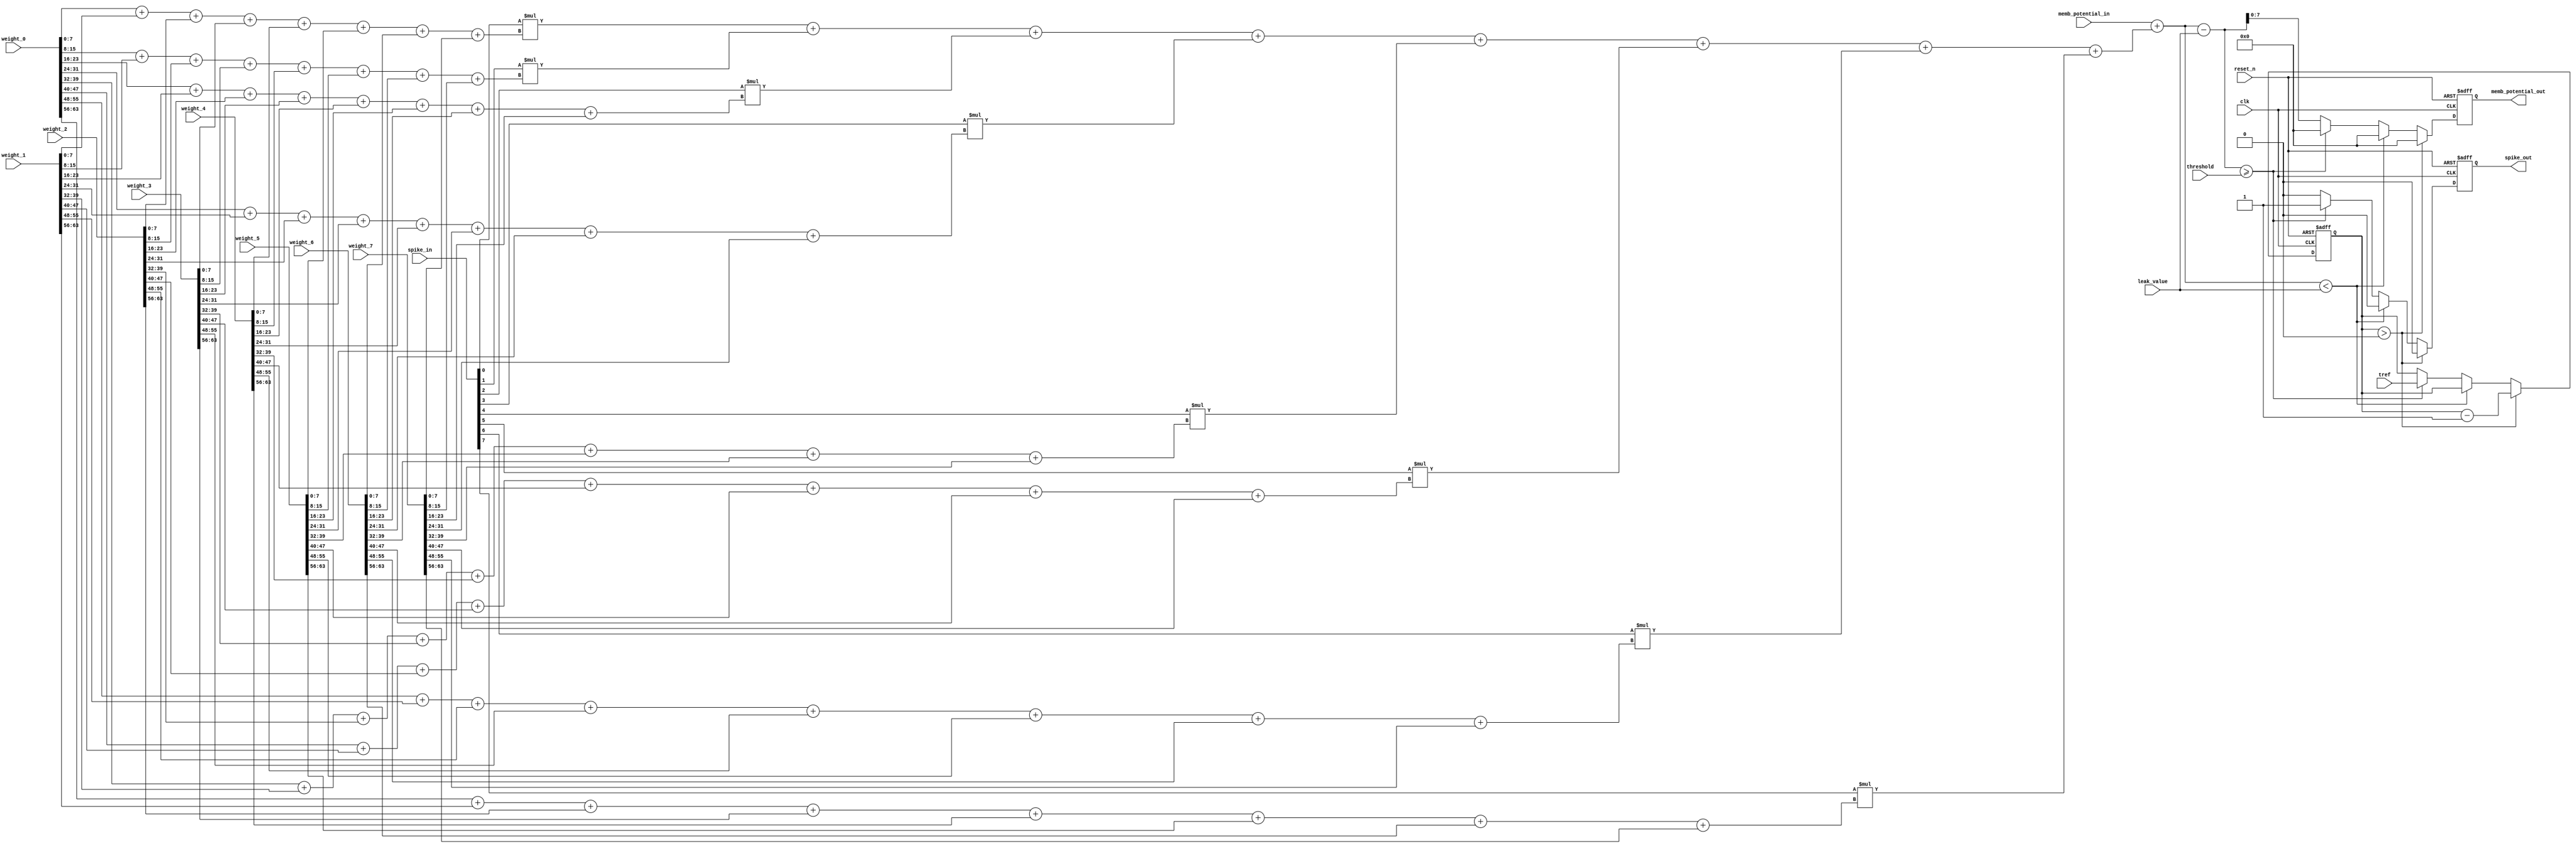
// Simulate the LIF neuron model
// tau_m * dV/dt = -(V-E_L) + I/g_L
// Referenced Neuro-inspired ArchitectureS in Hardware(NASH)

/*
    INPUT
    clk: clock
    reset_n: reset negated
    spike_in: input spike, 8 inputs
    weight: synaptic weight, int8, 8 inputs
    threshold: threshold potential [mV], int8
    leak_value: leak value [mV], uint8
    tref: refractory period [ms], uint4

    OUTPUT
    V_out: membrane potential, int8
    spike_out: output spike
*/

module leaky_integrate_fire(
    input               clk,
    input               reset_n,
    input       [7:0]   spike_in,
    input       [63:0]   weight_0,
    input       [63:0]   weight_1,
    input       [63:0]   weight_2,
    input       [63:0]   weight_3,
    input       [63:0]   weight_4,
    input       [63:0]   weight_5,
    input       [63:0]   weight_6,
    input       [63:0]   weight_7,
    input       [7:0]   memb_potential_in,
    input       [7:0]   threshold,
    input       [7:0]   leak_value,
    input       [3:0]   tref,
    output      [7:0]   memb_potential_out,
    output reg          spike_out
);
    reg         [3:0]   tr = 0;
    reg         [7:0]   voltage;

    wire        [15:0]  memb_potential_integrate;   // integrate membrane potential
    wire        [15:0]  synaptic_integration;       // integrate synaptic current
    wire        [15:0]  leak_and_int_potential;     // leaked current and integrated potential
    wire                underflow;
    wire        [7:0]   spike_and_weight[0:7];

    // AND gate for spike and weight
    assign spike_and_weight[0] = spike_in[0] * (weight_0[7:0] + weight_1[7:0] + weight_2[7:0] + weight_3[7:0] + weight_4[7:0] + weight_5[7:0] + weight_6[7:0] + weight_7[7:0]);
    assign spike_and_weight[1] = spike_in[1] * (weight_0[15:8] + weight_1[15:8] + weight_2[15:8] + weight_3[15:8] + weight_4[15:8] + weight_5[15:8] + weight_6[15:8] + weight_7[15:8]);
    assign spike_and_weight[2] = spike_in[2] * (weight_0[23:16] + weight_1[23:16] + weight_2[23:16] + weight_3[23:16] + weight_4[23:16] + weight_5[23:16] + weight_6[23:16] + weight_7[23:16]);
    assign spike_and_weight[3] = spike_in[3] * (weight_0[31:24] + weight_1[31:24] + weight_2[31:24] + weight_3[31:24] + weight_4[31:24] + weight_5[31:24] + weight_6[31:24] + weight_7[31:24]);
    assign spike_and_weight[4] = spike_in[4] * (weight_0[39:32] + weight_1[39:32] + weight_2[39:32] + weight_3[39:32] + weight_4[39:32] + weight_5[39:32] + weight_6[39:32] + weight_7[39:32]);
    assign spike_and_weight[5] = spike_in[5] * (weight_0[47:40] + weight_1[47:40] + weight_2[47:40] + weight_3[47:40] + weight_4[47:40] + weight_5[47:40] + weight_6[47:40] + weight_7[47:40]);
    assign spike_and_weight[6] = spike_in[6] * (weight_0[55:48] + weight_1[55:48] + weight_2[55:48] + weight_3[55:48] + weight_4[55:48] + weight_5[55:48] + weight_6[55:48] + weight_7[55:48]);
    assign spike_and_weight[7] = spike_in[7] * (weight_0[63:56] + weight_1[63:56] + weight_2[63:56] + weight_3[63:56] + weight_4[63:56] + weight_5[63:56] + weight_6[63:56] + weight_7[63:56]);

    // Integrate current
    assign memb_potential_integrate = spike_and_weight[0]
                                    + spike_and_weight[1]
                                    + spike_and_weight[2] 
                                    + spike_and_weight[3]
                                    + spike_and_weight[4]
                                    + spike_and_weight[5]
                                    + spike_and_weight[6]
                                    + spike_and_weight[7];

    // integrate membrane potential and current
    assign synaptic_integration = memb_potential_in + memb_potential_integrate;

    // leak current
    assign leak_and_int_potential = synaptic_integration - leak_value;
    assign underflow = synaptic_integration < leak_value;

    always @(posedge clk or negedge reset_n)
    begin
        if (~reset_n) begin
            spike_out <= 1'b0;
            voltage <= 8'b0;
            tr <= 4'b0;
        end

        else begin
            // check if in refractory period
            if (tr > 0) begin
                spike_out <= 1'b0;
                tr <= tr - 4'b1;
                voltage = 8'b0;
            end
            else if (underflow) begin
                spike_out <= 1'b0;
                voltage <= 8'b0;
            end
            else if (leak_and_int_potential >= threshold) begin   // leak_and_int_potential >= threshold
                spike_out <= 1'b1;  
                tr <= tref;     // refractory period
                voltage = 8'b0;
            end
            else begin
                spike_out <= 1'b0;
                voltage <= leak_and_int_potential[7:0];
            end
        end
    end
    
    assign memb_potential_out = voltage;

endmodule